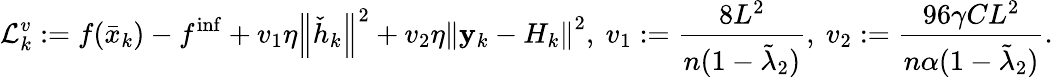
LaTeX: \mathcal{L}_{k}^{v}:=f(\bar{x}_{k})-f^{\mathrm{inf}}+v_{1}\eta\left\Vert\check{h}_{k}\right\Vert^{2}+v_{2}\eta\left\Vert\mathbf{y}_{k}-H_{k}\right\Vert^{2},\ v_{1}:=\frac{8L^{2}}{n(1-\tilde{\lambda}_{2})},\ v_{2}:=\frac{96\gamma CL^{2}}{n\alpha(1-\tilde{\lambda}_{2})}.